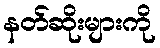
နတ်ဆိုးများကို